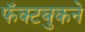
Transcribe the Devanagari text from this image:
फॅक्टबुकने